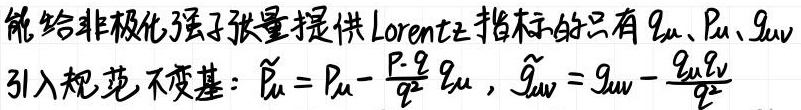
能给非极化强子张量提供Lorentz指标的只有 \(g_{\mu\nu}\)、\(P_{\mu}\)、\(g_{\mu\nu}\)
引入规范不变基：\(\widetilde{P}_{\mu}=P_{\mu}-\frac{P\cdot q}{q^{2}}g_{\mu}\)，\(\widetilde{g}_{\mu\nu}=g_{\mu\nu}-\frac{g_{\mu}g_{\nu}}{q^{2}}\)